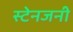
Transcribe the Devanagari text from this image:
स्टेनजनी